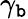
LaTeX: \gamma_{\mathtt{b}}